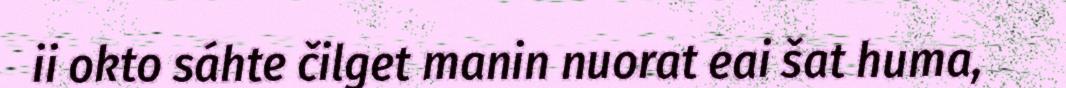
ii okto sáhte čilget manin nuorat eai šat huma,